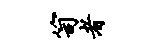
笥者